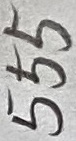
Text: 555